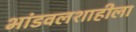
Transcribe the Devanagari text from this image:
भांडवलशाहीला